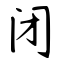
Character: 闭